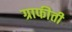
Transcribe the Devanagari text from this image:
ग्राफीती